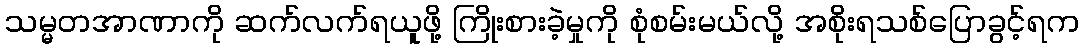
သမ္မတအာဏာကို ဆက်လက်ရယူဖို့ ကြိုးစားခဲ့မှုကို စုံစမ်းမယ်လို့ အစိုးရသစ်ပြောခွင့်ရက